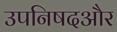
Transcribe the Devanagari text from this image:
उपनिषदऔर